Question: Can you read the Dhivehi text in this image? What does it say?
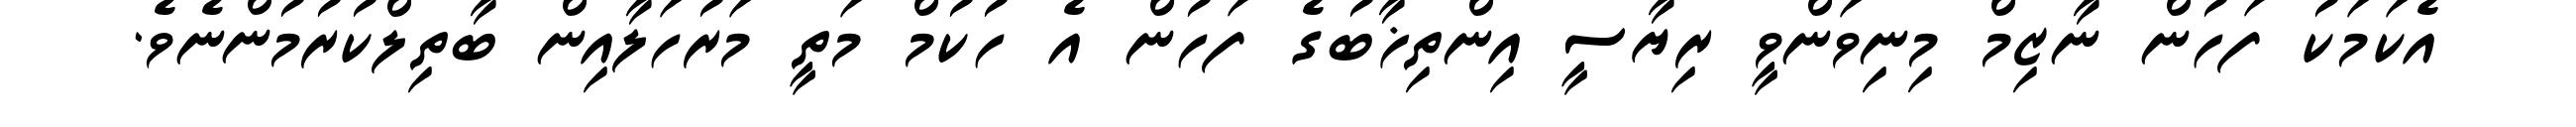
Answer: އެކަމަކު ފަހުން ނާޒިމް މިނިވަންވީ ރިޔާސީ އިންތިޚާބުގެ ފަހުން އެ ހުކުމް މަތީ މަރުހަލާއިން ބާތިލްކުރުމުންނެވެ.